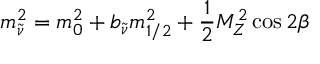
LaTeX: m _ { \tilde { \nu } } ^ { 2 } = m _ { 0 } ^ { 2 } + b _ { \tilde { \nu } } m _ { 1 / 2 } ^ { 2 } + { \frac { 1 } { 2 } } M _ { Z } ^ { 2 } \cos 2 \beta